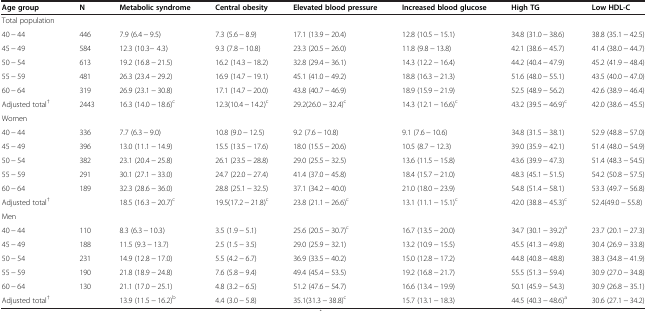
<table><thead><tr><td><b>Age group</b></td><td><b>N</b></td><td><b>Metabolic syndrome</b></td><td><b>Central obesity</b></td><td><b>Elevated blood pressure</b></td><td><b>Increased blood glucose</b></td><td><b>High TG</b></td><td><b>Low HDL-C</b></td></tr></thead><tbody><tr><td>Total population</td><td> </td><td> </td><td> </td><td> </td><td> </td><td> </td><td> </td></tr><tr><td>40 - 44</td><td>446</td><td>7.9 (6.4 - 9.5)</td><td>7.3 (5.6 - 8.9)</td><td>17.1 (13.9 - 20.4)</td><td>12.8 (10.5 - 15.1)</td><td>34.8 (31.0 - 38.6)</td><td>38.8 (35.1 - 42.5)</td></tr><tr><td>45 - 49</td><td>584</td><td>12.3 (10.3- 4.3)</td><td>9.3 (7.8 - 10.8)</td><td>23.3 (20.5 - 26.0)</td><td>11.8 (9.8 - 13.8)</td><td>42.1 (38.6 - 45.7)</td><td>41.4 (38.0 - 44.7)</td></tr><tr><td>50 - 54</td><td>613</td><td>19.2 (16.8 - 21.5)</td><td>16.2 (14.3 - 18.2)</td><td>32.8 (29.4 - 36.1)</td><td>14.3 (12.2 - 16.4)</td><td>44.2 (40.4 - 47.9)</td><td>45.2 (41.9 - 48.4)</td></tr><tr><td>55 - 59</td><td>481</td><td>26.3 (23.4 - 29.2)</td><td>16.9 (14.7 - 19.1)</td><td>45.1 (41.0 - 49.2)</td><td>18.8 (16.3 - 21.3)</td><td>51.6 (48.0 - 55.1)</td><td>43.5 (40.0 - 47.0)</td></tr><tr><td>60 - 64</td><td>319</td><td>26.9 (23.1 - 30.8)</td><td>17.1 (14.7 - 20.0)</td><td>43.8 (40.7 - 46.9)</td><td>18.9 (15.9 - 21.9)</td><td>52.5 (48.9 - 56.2)</td><td>42.6 (38.9 - 46.4)</td></tr><tr><td>Adjusted total<sup>†</sup></td><td>2443</td><td>16.3 (14.0 - 18.6)<sup>c</sup></td><td>12.3(10.4 - 14.2)<sup>c</sup></td><td>29.2(26.0 - 32.4)<sup>c</sup></td><td>14.3 (12.1 - 16.6)<sup>c</sup></td><td>43.2 (39.5 - 46.9)<sup>c</sup></td><td>42.0 (38.6 - 45.5)</td></tr><tr><td>Women</td><td> </td><td> </td><td> </td><td> </td><td> </td><td> </td><td> </td></tr><tr><td>40 - 44</td><td>336</td><td>7.7 (6.3 - 9.0)</td><td>10.8 (9.0 - 12.5)</td><td>9.2 (7.6 - 10.8)</td><td>9.1 (7.6 - 10.6)</td><td>34.8 (31.5 - 38.1)</td><td>52.9 (48.8 - 57.0)</td></tr><tr><td>45 - 49</td><td>396</td><td>13.0 (11.1 - 14.9)</td><td>15.5 (13.5 - 17.6)</td><td>18.0 (15.5 - 20.6)</td><td>10.5 (8.7 - 12.3)</td><td>39.0 (35.9 - 42.1)</td><td>51.4 (48.0 - 54.9)</td></tr><tr><td>50 - 54</td><td>382</td><td>23.1 (20.4 - 25.8)</td><td>26.1 (23.5 - 28.8)</td><td>29.0 (25.5 - 32.5)</td><td>13.6 (11.5 - 15.8)</td><td>43.6 (39.9 - 47.3)</td><td>51.4 (48.3 - 54.5)</td></tr><tr><td>55 - 59</td><td>291</td><td>30.1 (27.1 - 33.0)</td><td>24.7 (22.0 - 27.4)</td><td>41.4 (37.0 - 45.8)</td><td>18.4 (15.7 - 21.0)</td><td>48.3 (45.1 - 51.5)</td><td>54.2 (50.8 - 57.5)</td></tr><tr><td>60 - 64</td><td>189</td><td>32.3 (28.6 - 36.0)</td><td>28.8 (25.1 - 32.5)</td><td>37.1 (34.2 - 40.0)</td><td>21.0 (18.0 - 23.9)</td><td>54.8 (51.4 - 58.1)</td><td>53.3 (49.7 - 56.8)</td></tr><tr><td>Adjusted total<sup>†</sup></td><td> </td><td>18.5 (16.3 - 20.7)<sup>c</sup></td><td>19.5(17.2 - 21.8)<sup>c</sup></td><td>23.8 (21.1 - 26.6)<sup>c</sup></td><td>13.1 (11.1 - 15.1)<sup>c</sup></td><td>42.0 (38.8 - 45.3)<sup>c</sup></td><td>52.4(49.0 - 55.8)</td></tr><tr><td>Men</td><td> </td><td> </td><td> </td><td> </td><td> </td><td> </td><td> </td></tr><tr><td>40 - 44</td><td>110</td><td>8.3 (6.3 - 10.3)</td><td>3.5 (1.9 - 5.1)</td><td>25.6 (20.5 - 30.7)<sup>c</sup></td><td>16.7 (13.5 - 20.0)</td><td>34.7 (30.1 - 39.2)<sup>a</sup></td><td>23.7 (20.1 - 27.3)</td></tr><tr><td>45 - 49</td><td>188</td><td>11.5 (9.3 - 13.7)</td><td>2.5 (1.5 - 3.5)</td><td>29.0 (25.9 - 32.1)</td><td>13.2 (10.9 - 15.5)</td><td>45.5 (41.3 - 49.8)</td><td>30.4 (26.9 - 33.8)</td></tr><tr><td>50 - 54</td><td>231</td><td>14.9 (12.8 - 17.0)</td><td>5.5 (4.2 - 6.7)</td><td>36.9 (33.5 - 40.2)</td><td>15.0 (12.8 - 17.2)</td><td>44.8 (40.8 - 48.8)</td><td>38.3 (34.8 - 41.9)</td></tr><tr><td>55 - 59</td><td>190</td><td>21.8 (18.9 - 24.8)</td><td>7.6 (5.8 - 9.4)</td><td>49.4 (45.4 - 53.5)</td><td>19.2 (16.8 - 21.7)</td><td>55.5 (51.3 - 59.4)</td><td>30.9 (27.0 - 34.8)</td></tr><tr><td>60 - 64</td><td>130</td><td>21.1 (17.0 - 25.1)</td><td>4.8 (3.2 - 6.5)</td><td>51.2 (47.6 - 54.7)</td><td>16.6 (13.4 - 19.9)</td><td>50.1 (45.9 - 54.3)</td><td>30.9 (26.8 - 35.1)</td></tr><tr><td>Adjusted total<sup>†</sup></td><td> </td><td>13.9 (11.5 - 16.2)<sup>b</sup></td><td>4.4 (3.0 - 5.8)</td><td>35.1(31.3 - 38.8)<sup>c</sup></td><td>15.7 (13.1 - 18.3)</td><td>44.5 (40.3 - 48.6)<sup>a</sup></td><td>30.6 (27.1 - 34.2)</td></tr></tbody></table>